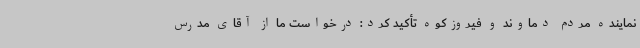
نماینده مردم دماوند و فیروزکوه تأکید کرد: درخواست ما از آقای مدرس